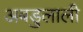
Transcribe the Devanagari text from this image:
अबडुलाली